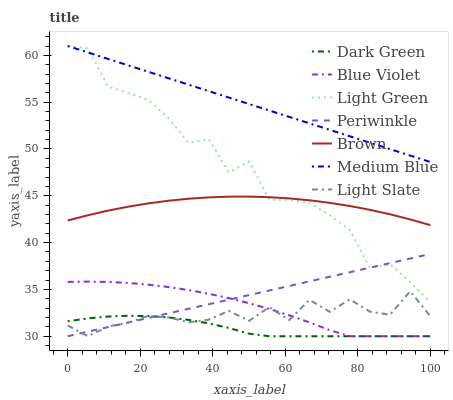
| xaxis_label | Dark Green | Blue Violet | Light Green | Periwinkle | Brown | Medium Blue | Light Slate |
 | --- | --- | --- | --- | --- | --- | --- | --- |
 | 0 | 31.6 | 35.8 | 61 | 30 | 42.4 | 61 | 31.2 |
 | 5.56 | 31.9 | 35.8 | 60.8 | 30.5 | 42.9 | 60.3 | 30 |
 | 11.1 | 32.1 | 35.8 | 56.7 | 31 | 43.4 | 59.6 | 31.1 |
 | 16.7 | 32.2 | 35.7 | 56 | 31.5 | 43.8 | 58.9 | 31.4 |
 | 22.2 | 32.2 | 35.5 | 55.2 | 32 | 44.2 | 58.2 | 32.2 |
 | 27.8 | 32 | 35.3 | 53.3 | 32.4 | 44.5 | 57.6 | 32 |
 | 33.3 | 31.7 | 34.9 | 50.6 | 32.9 | 44.7 | 56.9 | 31.5 |
 | 38.9 | 31.4 | 34.5 | 51 | 33.4 | 44.8 | 56.2 | 31.8 |
 | 44.4 | 30.9 | 34.1 | 47.5 | 33.9 | 44.9 | 55.5 | 32.7 |
 | 50 | 30.3 | 33.5 | 48.7 | 34.4 | 44.9 | 54.8 | 31.6 |
 | 55.6 | 30 | 32.9 | 44.6 | 34.9 | 44.9 | 54.1 | 33.1 |
 | 61.1 | 30 | 32.2 | 44.5 | 35.4 | 44.7 | 53.4 | 31.7 |
 | 66.7 | 30 | 31.5 | 44.3 | 35.9 | 44.5 | 52.7 | 33.9 |
 | 72.2 | 30 | 30.7 | 42.9 | 36.3 | 44.3 | 52.1 | 32.6 |
 | 77.8 | 30 | 30 | 41.4 | 36.8 | 43.9 | 51.4 | 33.9 |
 | 83.3 | 30 | 30 | 37.3 | 37.3 | 43.5 | 50.7 | 32.6 |
 | 88.9 | 30 | 30 | 37.7 | 37.8 | 43 | 50 | 32.3 |
 | 94.4 | 30 | 30 | 35.8 | 38.3 | 42.5 | 49.3 | 34.8 |
 | 100 | 30 | 30 | 33.6 | 38.8 | 41.9 | 48.6 | 32.1 |